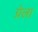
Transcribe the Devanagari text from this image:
ग्रेला